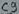
Text: C9